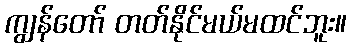
ကျွန်တော် တတ်နိုင်မယ်မထင်ဘူး။